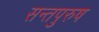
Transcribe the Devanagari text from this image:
सन्तपुरुष